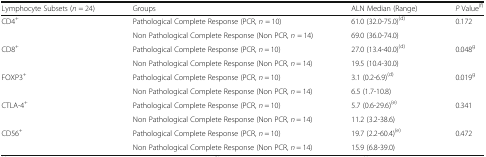
<table><thead><tr><td><b>Lymphocyte Subsets (<i>n</i> = 24)</b></td><td><b>Groups</b></td><td><b>ALN Median (Range)</b></td><td><b><i>P</i> Value<sup>(f)</sup></b></td></tr></thead><tbody><tr><td rowspan="2">CD4<sup>+</sup></td><td>Pathological Complete Response (PCR, <i>n</i> = 10)</td><td>61.0 (32.0-75.0)<sup>(d)</sup></td><td rowspan="2">0.172</td></tr><tr><td>Non Pathological Complete Response (Non PCR, <i>n</i> = 14)</td><td>69.0 (36.0-74.0)</td></tr><tr><td rowspan="2">CD8<sup>+</sup></td><td>Pathological Complete Response (PCR, <i>n</i> = 10)</td><td>27.0 (13.4-40.0)<sup>(d)</sup></td><td rowspan="2">0.048<sup>g</sup></td></tr><tr><td>Non Pathological Complete Response (Non PCR, <i>n</i> = 14)</td><td>19.5 (10.4-30.0)</td></tr><tr><td rowspan="2">FOXP3<sup>+</sup></td><td>Pathological Complete Response (PCR, <i>n</i> = 10)</td><td>3.1 (0.2-6.9)<sup>(d)</sup></td><td rowspan="2">0.019<sup>g</sup></td></tr><tr><td>Non Pathological Complete Response (Non PCR, <i>n</i> = 14)</td><td>6.5 (1.7-10.8)</td></tr><tr><td rowspan="2">CTLA-4<sup>+</sup></td><td>Pathological Complete Response (PCR, <i>n</i> = 10)</td><td>5.7 (0.6-29.6)<sup>(e)</sup></td><td rowspan="2">0.341</td></tr><tr><td>Non Pathological Complete Response (Non PCR, <i>n</i> = 14)</td><td>11.2 (3.2-38.6)</td></tr><tr><td rowspan="2">CD56<sup>+</sup></td><td>Pathological Complete Response (PCR, <i>n</i> = 10)</td><td>19.7 (2.2-60.4)<sup>(e)</sup></td><td rowspan="2">0.472</td></tr><tr><td>Non Pathological Complete Response (Non PCR, <i>n</i> = 14)</td><td>15.9 (6.8-39.0)</td></tr></tbody></table>